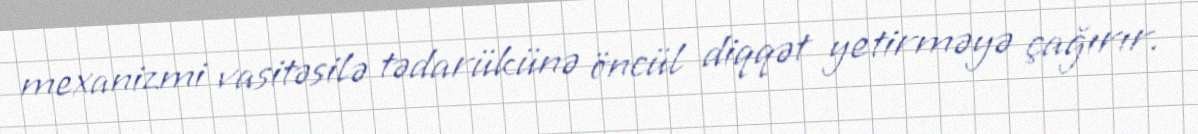
mexanizmi vasitəsilə tədarükünə öncül diqqət yetirməyə çağırır.